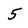
Character: 5